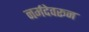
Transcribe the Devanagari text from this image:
नर्मदेवरून